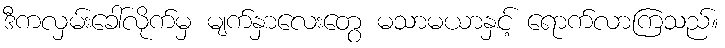
ဒီကလှမ်းခေါ်လိုက်မှ မျက်နှာလေးတွေ မသာမယာနှင့် ရောက်လာကြသည်။